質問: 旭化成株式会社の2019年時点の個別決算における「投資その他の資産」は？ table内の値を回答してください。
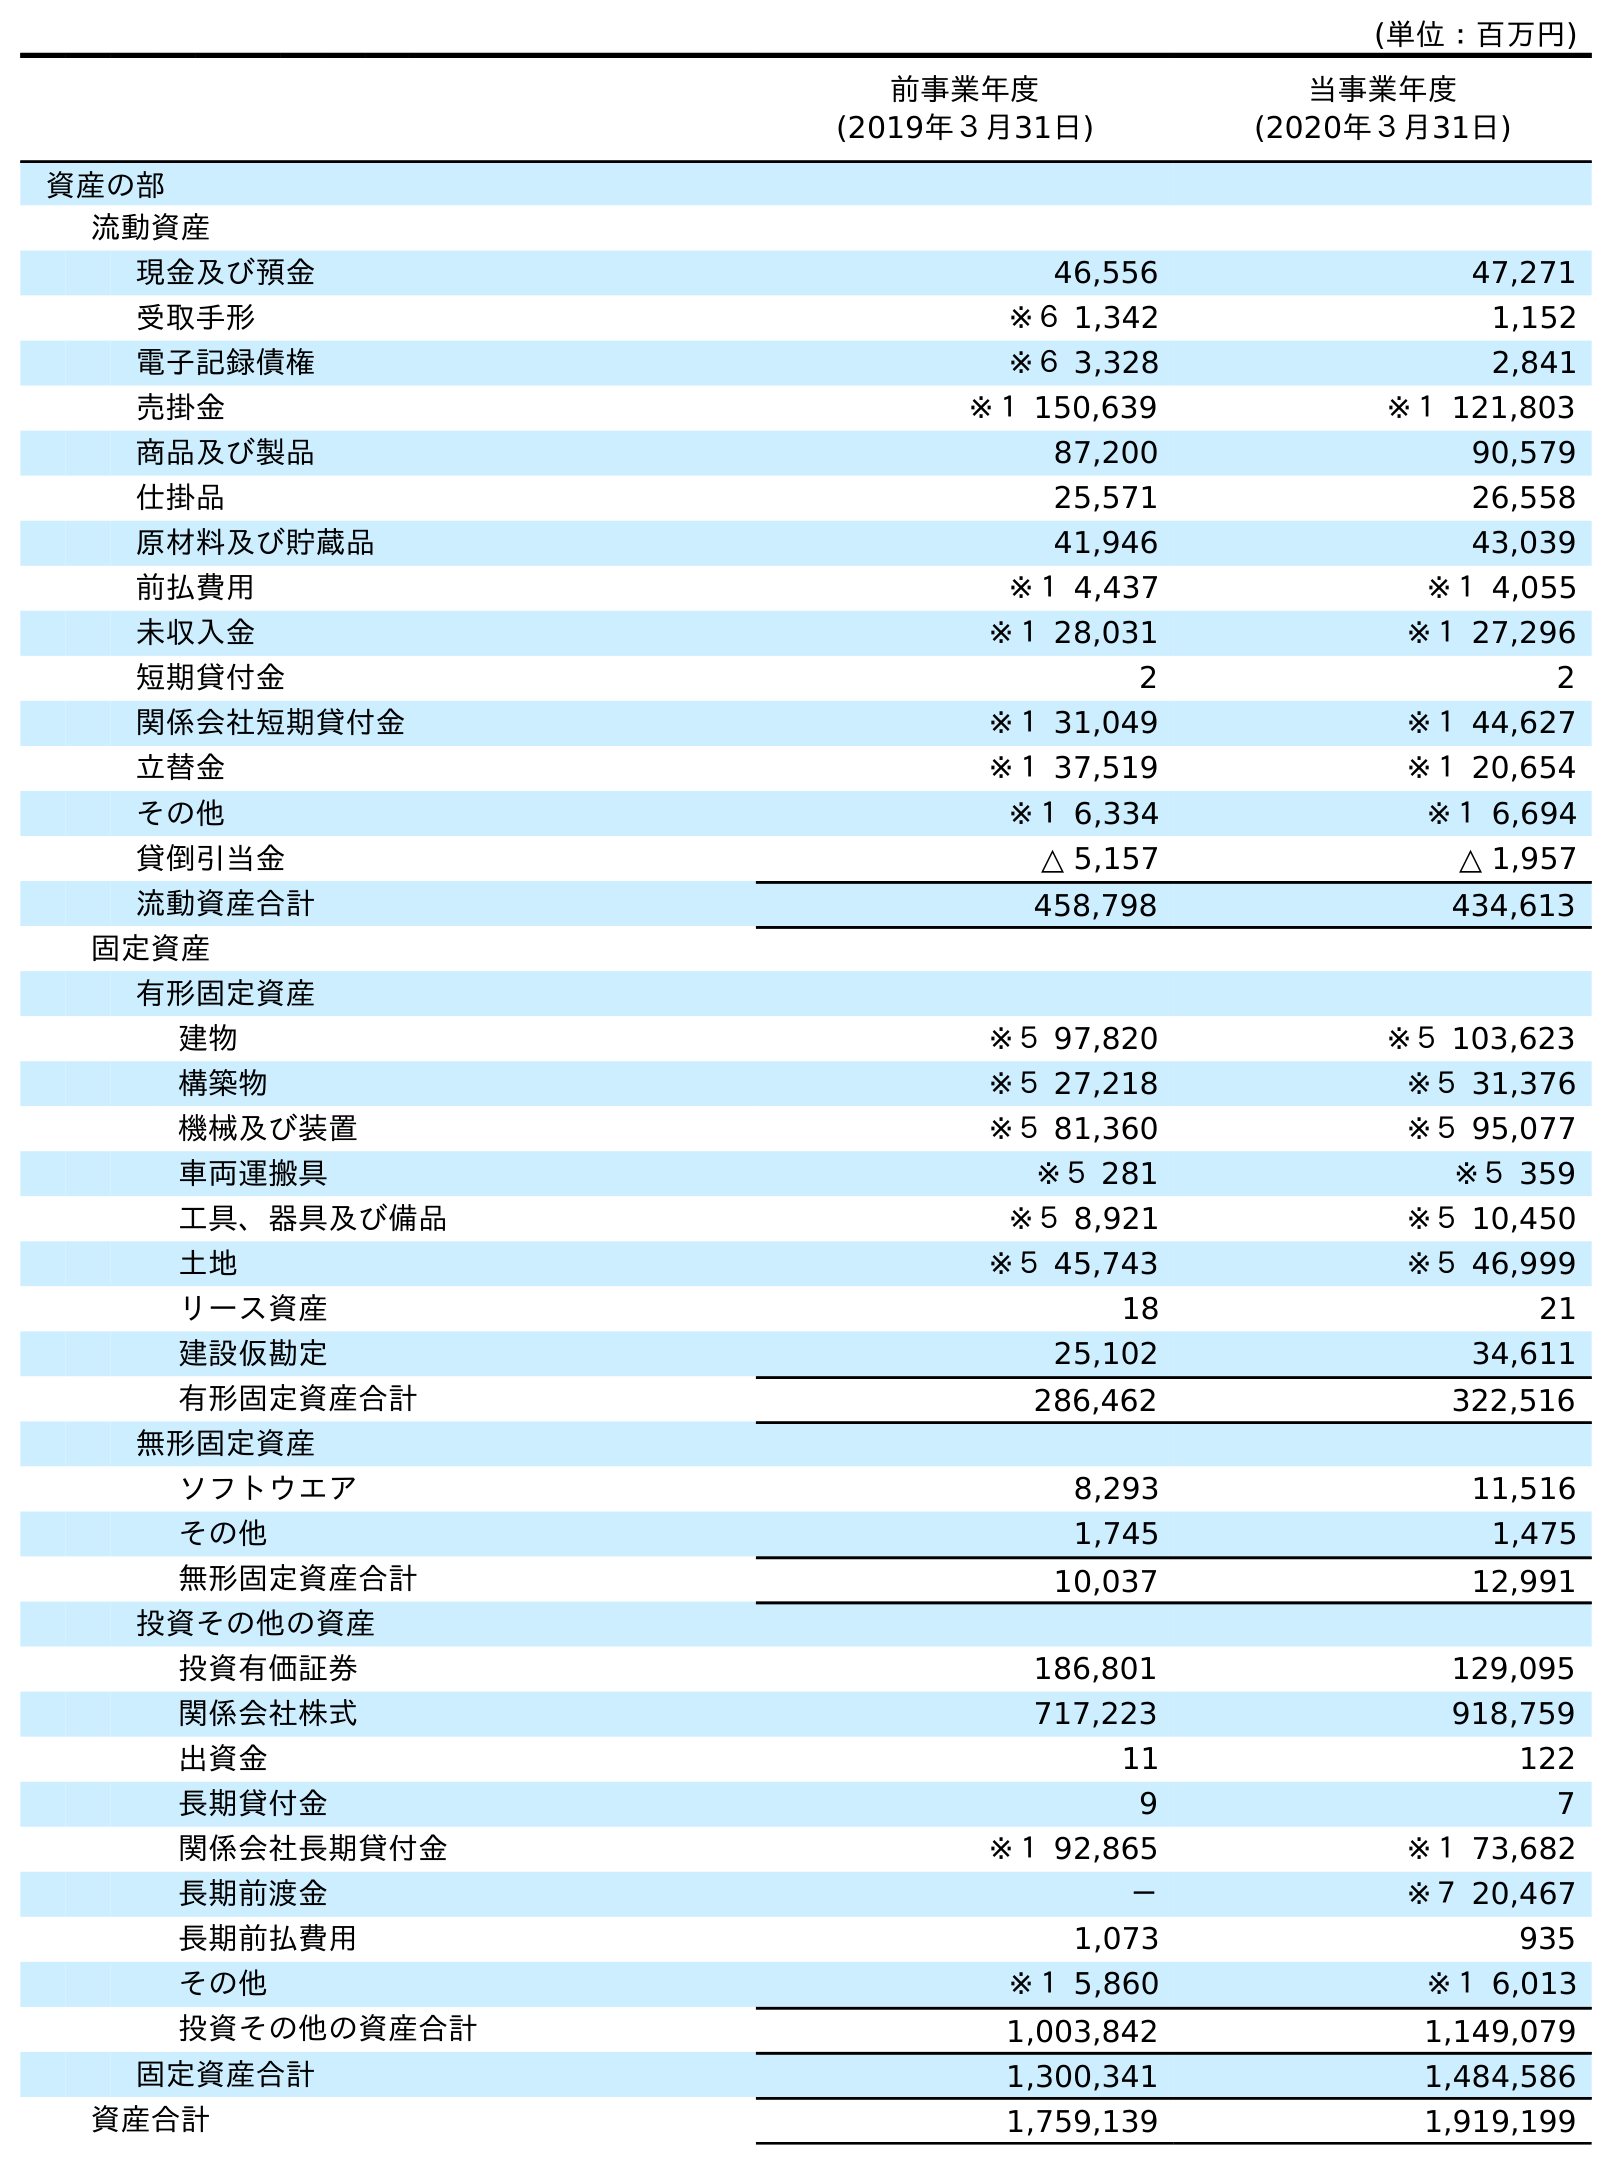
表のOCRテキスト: (単位：百万円) 前事業年度 (2019年３月31日) 当事業年度 (2020年３月31日) 資産の部 流動資産 現金及び預金 46,556 47,271 受取手形 ※６ 1,342 1,152 電子記録債権 ※６ 3,328 2,841 売掛金 ※１ 150,639 ※１ 121,803 商品及び製品 87,200 90,579 仕掛品 25,571 26,558 原材料及び貯蔵品 41,946 43,039 前払費用 ※１ 4,437 ※１ 4,055 未収入金 ※１ 28,031 ※１ 27,296 短期貸付金 2 2 関係会社短期貸付金 ※１ 31,049 ※１ 44,627 立替金 ※１ 37,519 ※１ 20,654 その他 ※１ 6,334 ※１ 6,694 貸倒引当金 △ 5,157 △ 1,957 流動資産合計 458,798 434,613 固定資産 有形固定資産 建物 ※５ 97,820 ※５ 103,623 構築物 ※５ 27,218 ※５ 31,376 機械及び装置 ※５ 81,360 ※５ 95,077 車両運搬具 ※５ 281 ※５ 359 工具、器具及び備品 ※５ 8,921 ※５ 10,450 土地 ※５ 45,743 ※５ 46,999 リース資産 18 21 建設仮勘定 25,102 34,611 有形固定資産合計 286,462 322,516 無形固定資産 ソフトウエア 8,293 11,516 その他 1,745 1,475 無形固定資産合計 10,037 12,991 投資その他の資産 投資有価証券 186,801 129,095 関係会社株式 717,223 918,759 出資金 11 122 長期貸付金 9 7 関係会社長期貸付金 ※１ 92,865 ※１ 73,682 長期前渡金 － ※７ 20,467 長期前払費用 1,073 935 その他 ※１ 5,860 ※１ 6,013 投資その他の資産合計 1,003,842 1,149,079 固定資産合計 1,300,341 1,484,586 資産合計 1,759,139 1,919,199
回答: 1,003,842